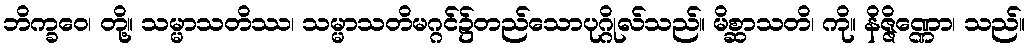
ဘိက္ခဝေ၊ တို့။ သမ္မာသတိဿ၊ သမ္မာသတိမဂ္ဂင်၌တည်သောပုဂ္ဂိုလ်သည်။ မိစ္ဆာသတိ၊ ကို။ နိဇ္ဇိဏ္ဏော၊ သည်။